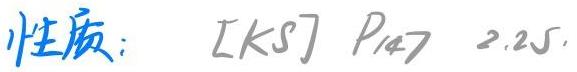
性质： $[KS] \ P_{147}\ 2.25.$